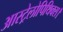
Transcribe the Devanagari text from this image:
आस्ट्रेलोपिथिक्स।